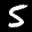
Label: 5